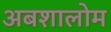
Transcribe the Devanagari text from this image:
अबशालोम